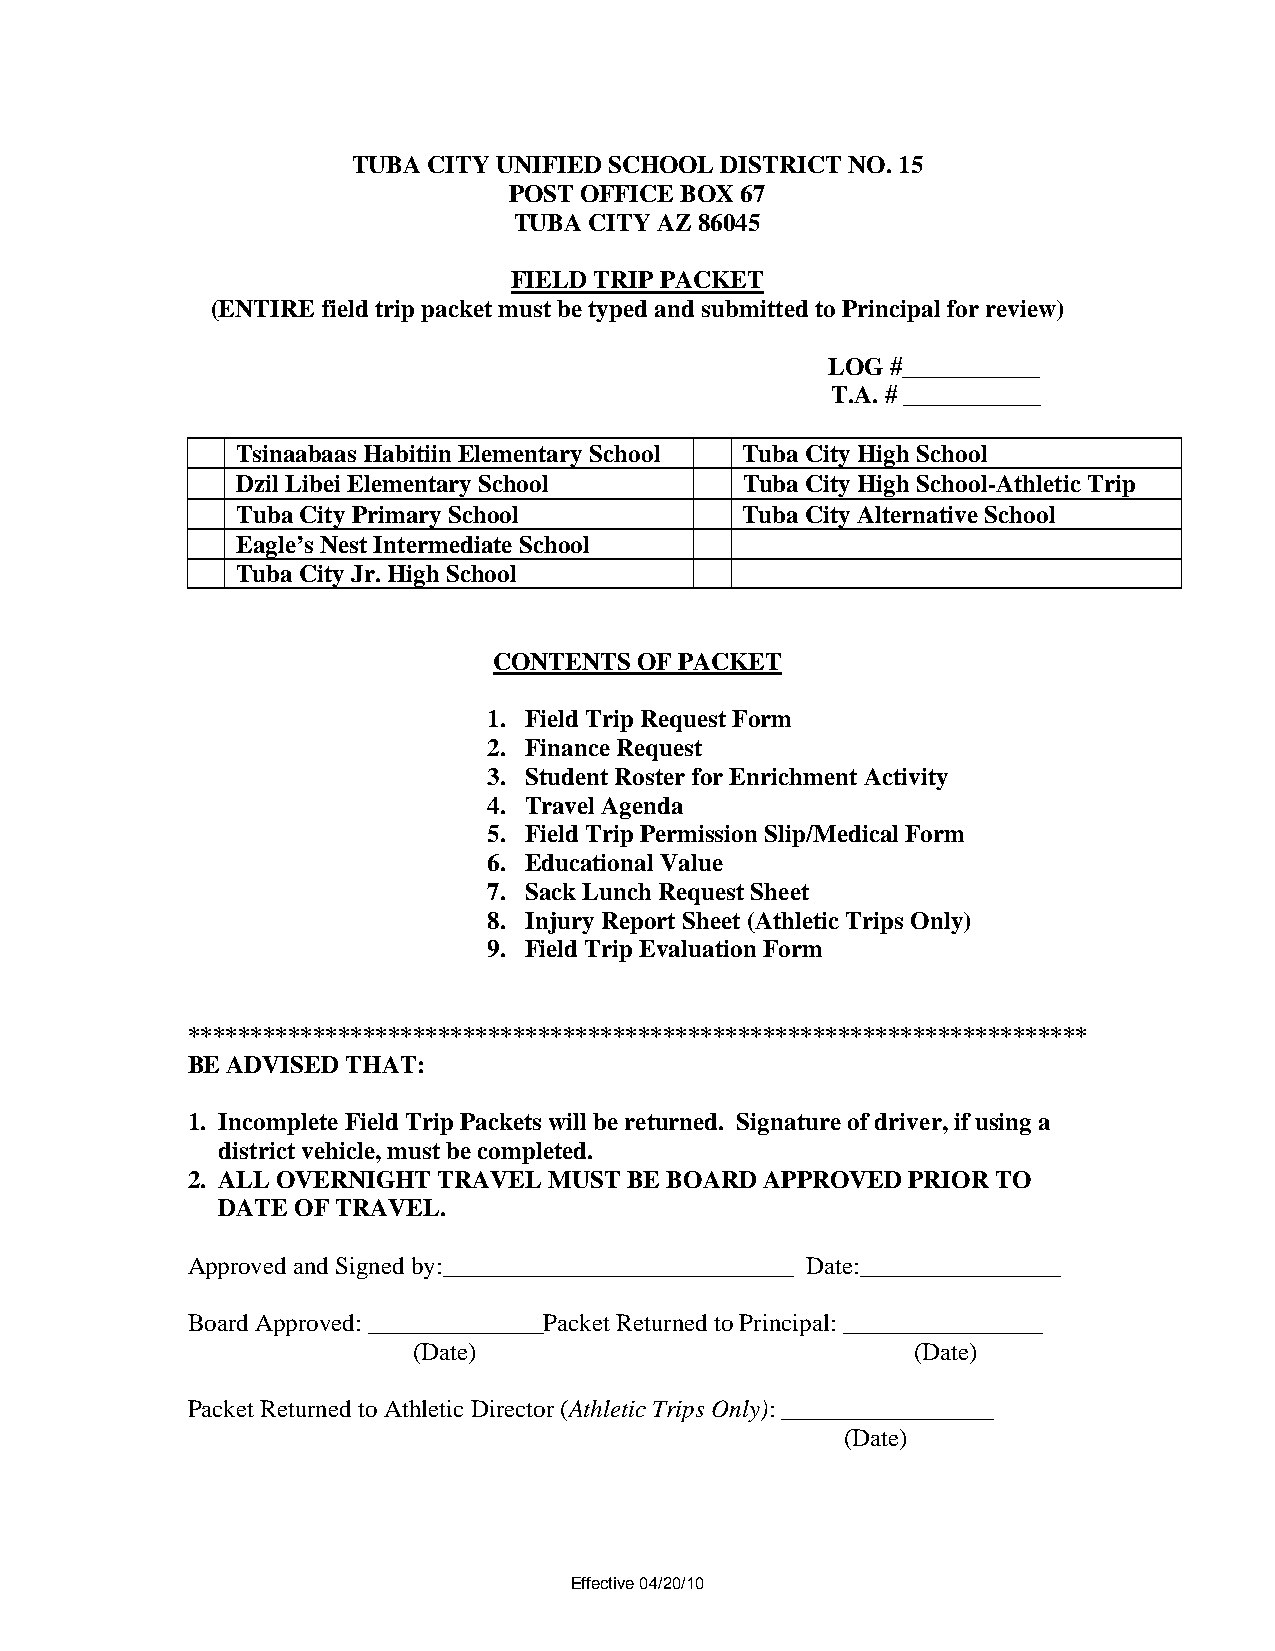
TUBA CITY UNIFIED SCHOOL DISTRICT NO. 15
 POST OFFICE BOX 67
 TUBA CITY AZ 86045
 FIELD TRIP PACKET
 (ENTIRE field trip packet must be typed and submitted to Principal for review)
 LOG #___________
 T.A. # ___________
 Tsinaabaas Habitiin Elementary School Tuba City High School
 Dzil Libei Elementary School     Tuba City High School-Athletic Trip
 Tuba City Primary School         Tuba City Alternative School
 Eagle’s Nest Intermediate School
 Tuba City Jr. High School
 CONTENTS OF PACKET
 1. Field Trip Request Form
 2. Finance Request
 3. Student Roster for Enrichment Activity
 4. Travel Agenda
 5. Field Trip Permission Slip/Medical Form
 6. Educational Value
 7. Sack Lunch Request Sheet
 8. Injury Report Sheet (Athletic Trips Only)
 9. Field Trip Evaluation Form
 ************************************************************************
 BE ADVISED THAT:
 1. Incomplete Field Trip Packets will be returned. Signature of driver, if using a
 district vehicle, must be completed.
 2. ALL OVERNIGHT TRAVEL MUST  BE BOARD APPROVED PRIOR TO
 DATE OF TRAVEL.
 Approved and Signed by:____________________________ Date:________________
 Board Approved: ______________Packet Returned to Principal: ________________
 (Date)                            (Date)
 Packet Returned to Athletic Director (Athletic Trips Only): _________________
 (Date)
 Effective 04/20/10